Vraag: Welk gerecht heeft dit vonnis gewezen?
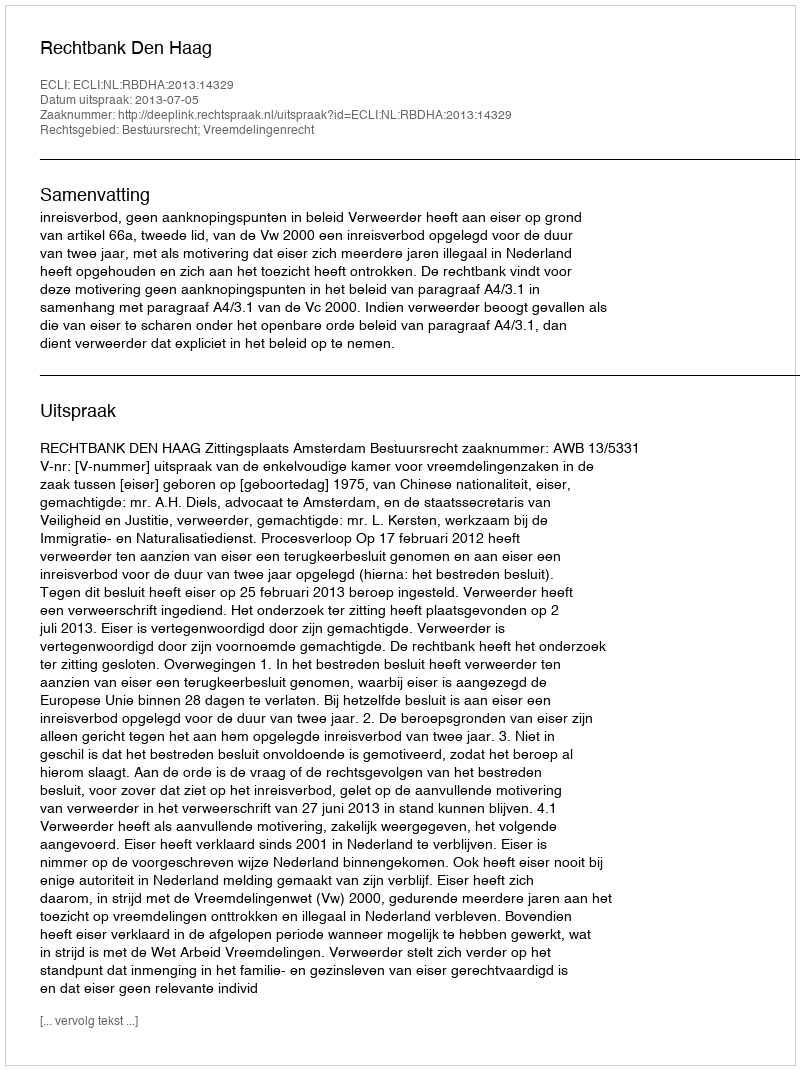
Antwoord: Rechtbank Den Haag